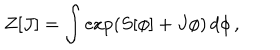
LaTeX: Z [ J ] = \int \exp \left( S [ \phi ] + J \phi \right) \, d \phi \, ,